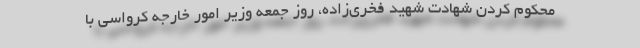
محکوم کردن شهادت شهید فخری‌زاده، روز جمعه وزیر امور خارجه کرواسی با